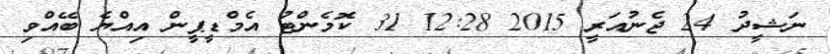
ނަޝީދު 24 ޖެނުއަރީ 2015 12:28 31 ކޮމެންޓު އެމްޑީޕީން އިއްޔެ ބޭއްވި